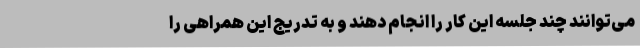
می‌توانند چند جلسه این کار را انجام دهند و به تدریج این همراهی را